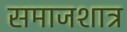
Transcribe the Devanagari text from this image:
समाजशात्र